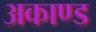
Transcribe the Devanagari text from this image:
अकाण्ड